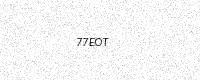
Text: 77EOT